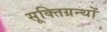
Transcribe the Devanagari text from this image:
सूक्तिग्रन्थों